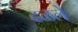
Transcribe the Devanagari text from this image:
ढळले